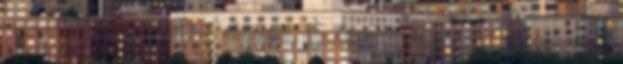
egy törvényes anti-malware, és átvizsgálja a PC A képernyő